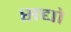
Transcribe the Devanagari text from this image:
सद्यो